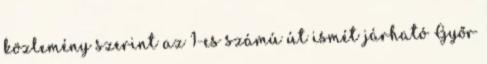
közlemény szerint az 1-es számú út ismét járható Győr